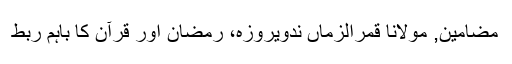
مضامین, مولانا قمرالزماں ندویروزہ، رمضان اور قرآن کا باہم ربط